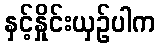
နှင့်နှိုင်းယှဉ်ပါက